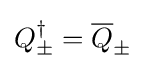
Q_{\pm }^{\dagger }={\overline {Q}}_{\pm }